Scottish Leaving Certificate Examination, 1953
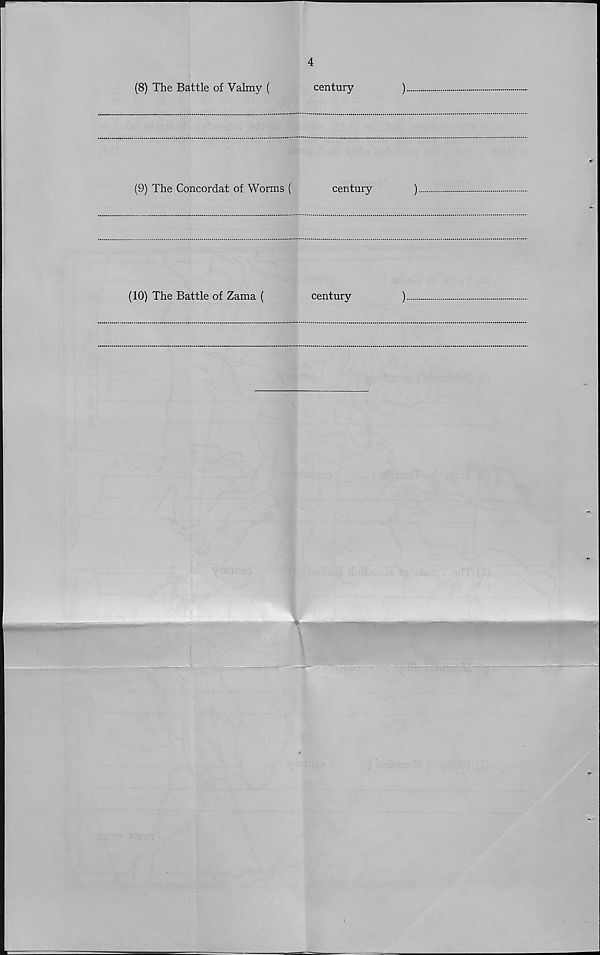
w
4
(8) The Battle of Valmy (
century
)
(9) The Concordat of Worms (
century
)
(10) The Battle of Zama (
century
)